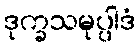
ဒုက္ခသမုပ္ပါဒံ